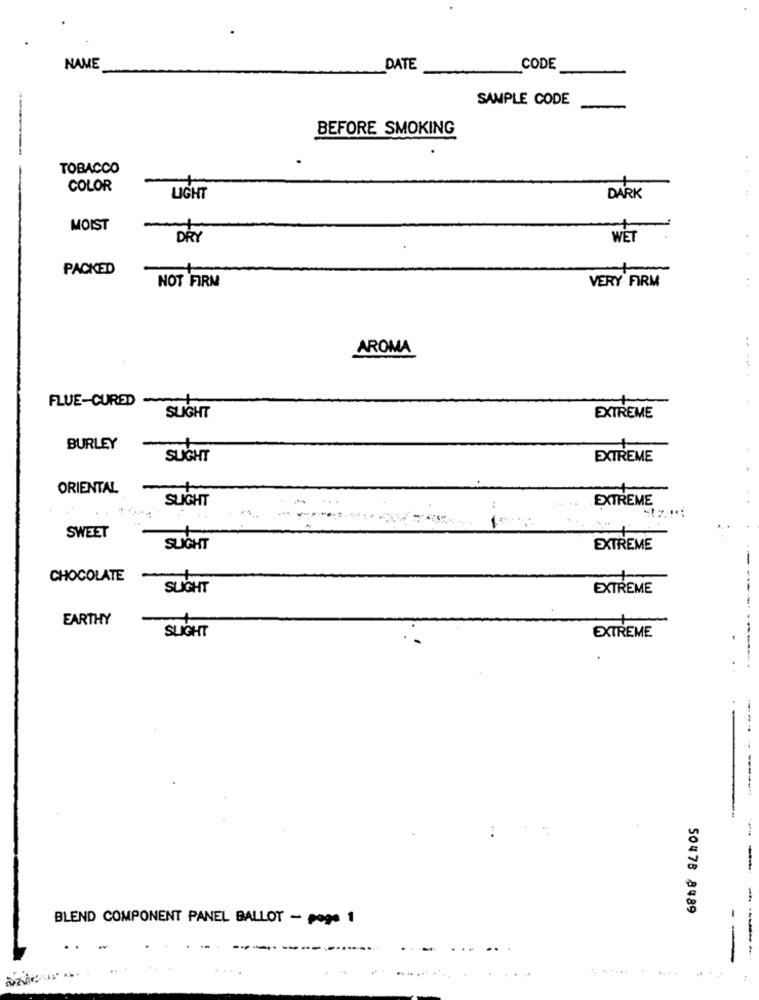
NAME
DATE
CODE
SAMPLE CODE
BEFORE SMOKING
TOBACCO
COLOR
LIGHT
DARK
MOIST
DRY
WET
PACKED
NOT FIRM
VERY FIRM
..
AROMA
FLUE-CURED -
SLIGHT
EXTREME
BURLEY
SLIGHT
EXTREME
ORIENTAL
SLIGHT
EXTREME
:
SWEET
SLIGHT
EXTREME
CHOCOLATE
-
SLIGHT
EXTREME
EARTHY
SLIGHT
EXTREME
50478 8489
BLEND COMPONENT PANEL BALLOT - page 1
..
-
-.